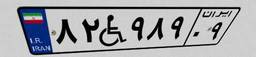
۸۲W۹۸۹۰۹